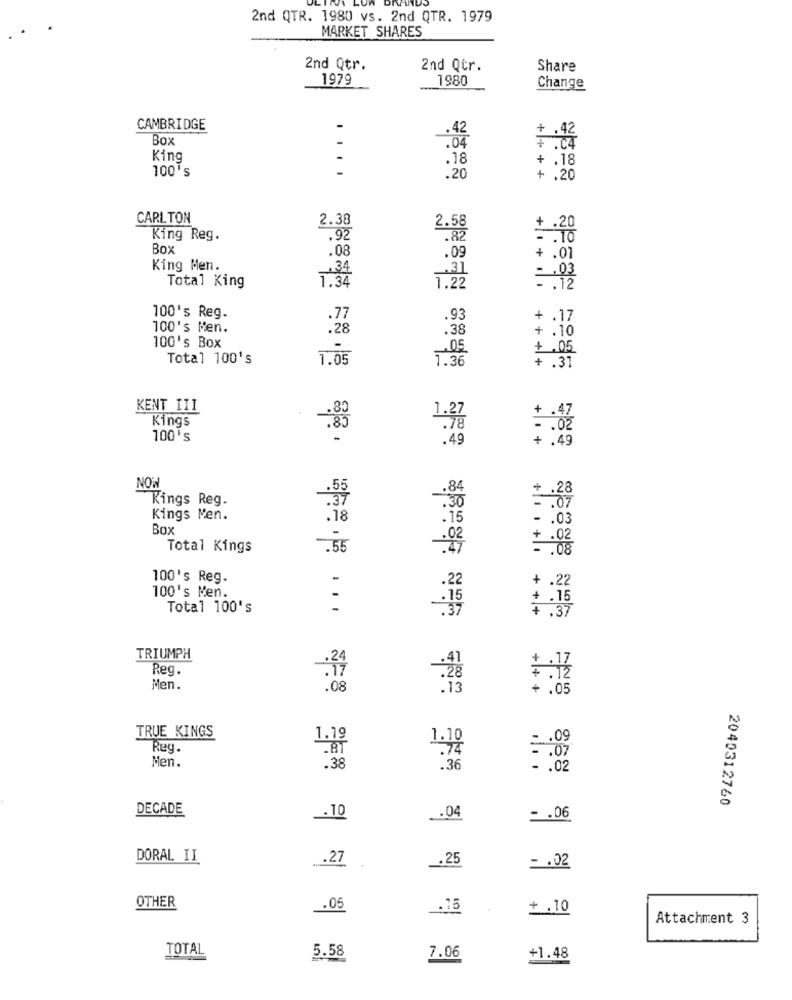
2nd QTR. 1980 vs. 2nd QTR. 1979
MARKET SHARES
2nd Qtr.
2nd Qtr.
Share
1979
1980
Change
CAMBRIDGE
. 42
+ .42
Box
.04
7 .04
King
.18
+ .18
100's
....
.20
+ .20
CARLTON
2.38
2.58
+ .20
King Reg.
.92
.82
Box
.08
.09
+ .01
King Men.
+34
.31
1.34
Total King
1.22
100's Reg.
.77
.93
+ .17
100's Men.
.28
.38
+ .10
100's Box
.05
+.05
Total 100's
1.05
1.36
+ .31
KENT III
Kings
. 80
1:37
100's
+ .49
+1+
:49
NOW
+ .28
Kings Reg.
: 5
-
:30
.07
Kings Men.
.18
. 15
- . 03
Box
+ .02
Total Kings
-55
. . 08
100's Reg.
-
.22
+ .22
100's Men.
:15
+ .15
Total 100's
:37
7:37
TRIUMPH
Reg.
:34
Men.
.08
TRUE KINGS
1.19
= . 09
Reg.
Men.
1:18
.38
.36
= : 02
2040312760
DECADE
.10
.04
= . 06
DORAL II
.27
.25
- . 02
OTHER
.05
.15
+ .10
Attachment 3
TOTAL
5.58
7.06
+1.48